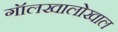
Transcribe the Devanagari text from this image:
गॉलखालोखाल